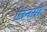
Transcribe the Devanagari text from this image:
लिनसी